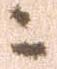
ニ